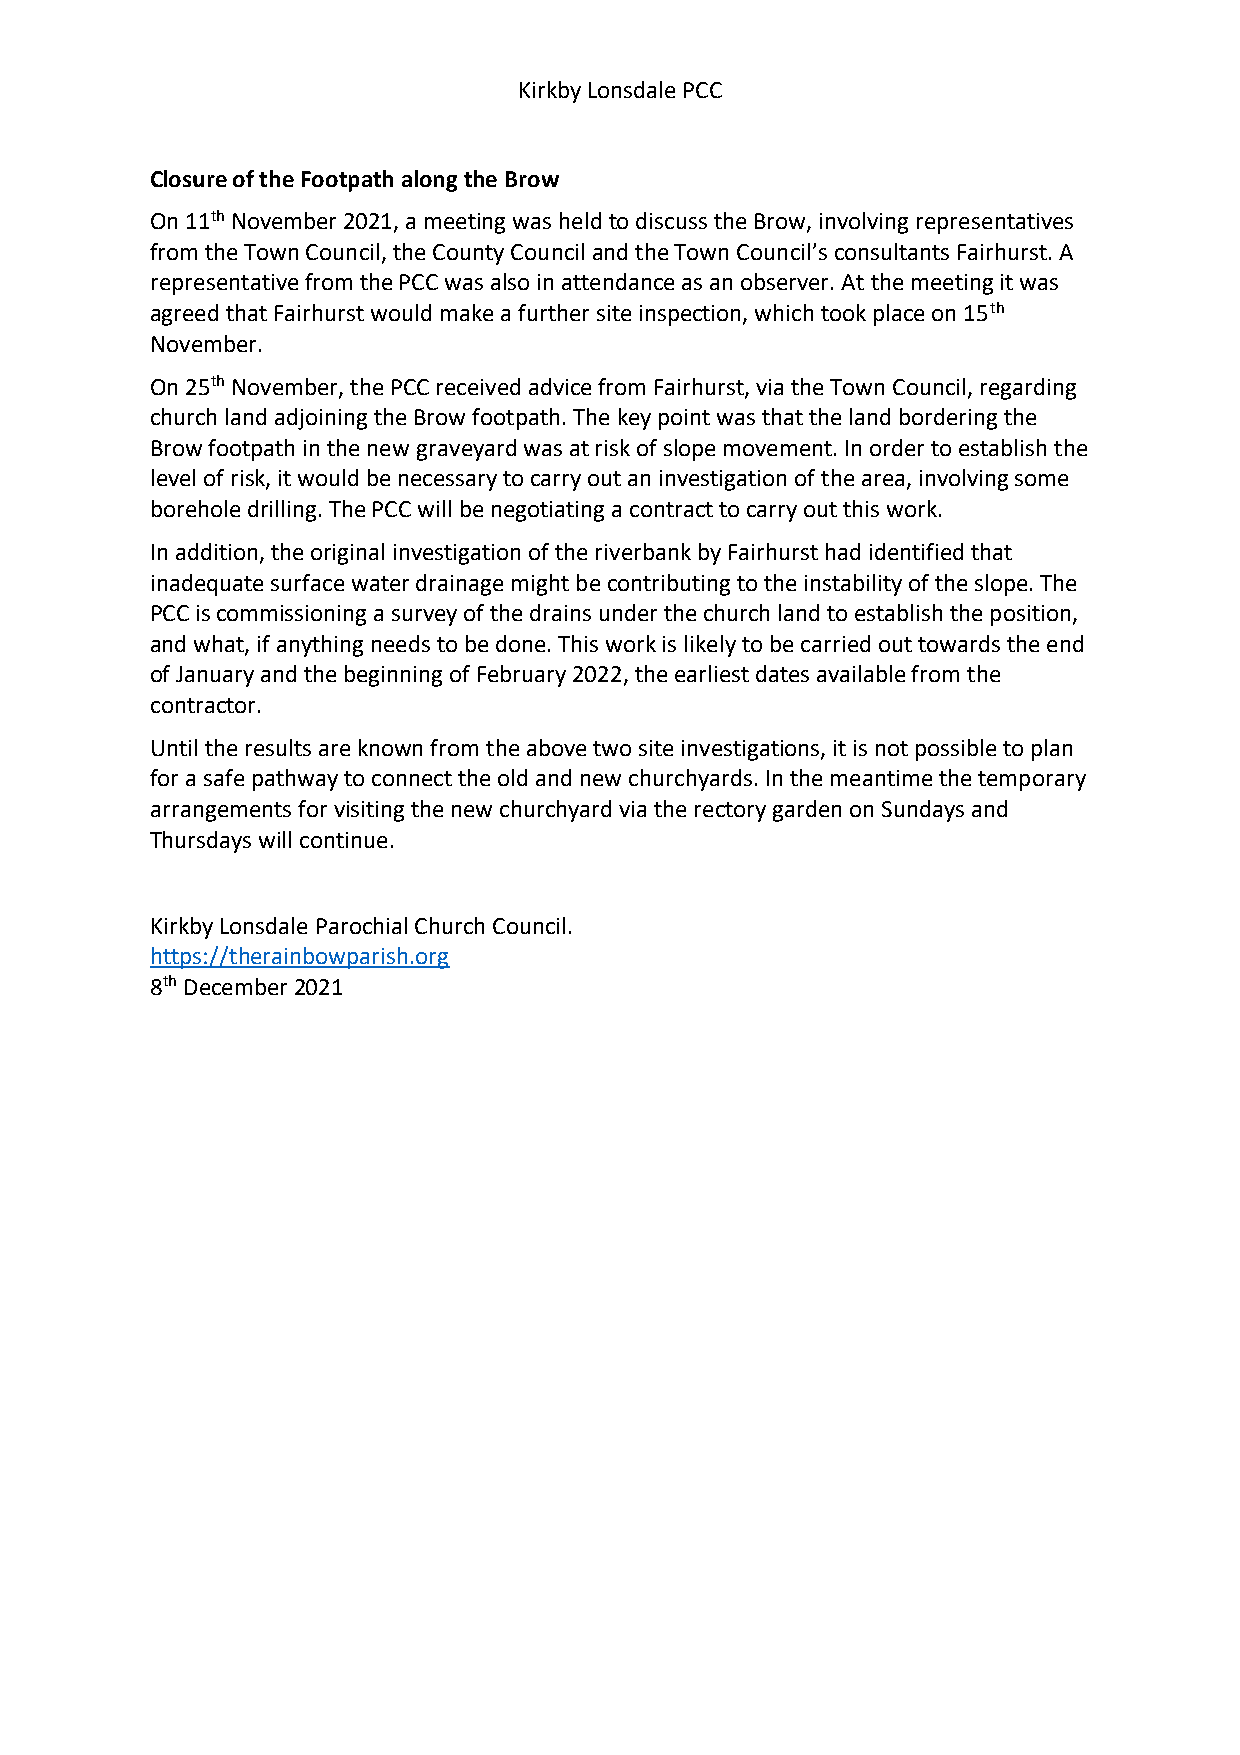
Kirkby Lonsdale PCC
 Closure of the Footpath along the Brow
 On 11th November 2021, a meeting was held to discuss the Brow, involving representatives
 from the Town Council, the County Council and the Town Council’s consultants Fairhurst. A
 representative from the PCC was also in attendance as an observer. At the meeting it was
 agreed that Fairhurst would make a further site inspection, which took place on 15th
 November.
 On 25th November, the PCC received advice from Fairhurst, via the Town Council, regarding
 church land adjoining the Brow footpath. The key point was that the land bordering the
 Brow footpath in the new graveyard was at risk of slope movement. In order to establish the
 level of risk, it would be necessary to carry out an investigation of the area, involving some
 borehole drilling. The PCC will be negotiating a contract to carry out this work.
 In addition, the original investigation of the riverbank by Fairhurst had identified that
 inadequate surface water drainage might be contributing to the instability of the slope. The
 PCC is commissioning a survey of the drains under the church land to establish the position,
 and what, if anything needs to be done. This work is likely to be carried out towards the end
 of January and the beginning of February 2022, the earliest dates available from the
 contractor.
 Until the results are known from the above two site investigations, it is not possible to plan
 for a safe pathway to connect the old and new churchyards. In the meantime the temporary
 arrangements for visiting the new churchyard via the rectory garden on Sundays and
 Thursdays will continue.
 Kirkby Lonsdale Parochial Church Council.
 https://therainbowparish.org
 8th December 2021